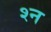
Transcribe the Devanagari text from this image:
श्‍न